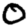
Digit: 0